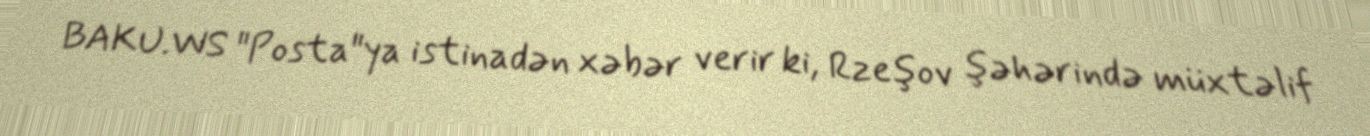
BAKU.WS "Posta"ya istinadən xəbər verir ki, Rzeşov şəhərində müxtəlif